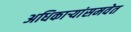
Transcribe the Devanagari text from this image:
अधिकार्‍यांसमवेत